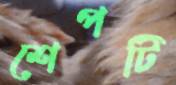
শেপটি